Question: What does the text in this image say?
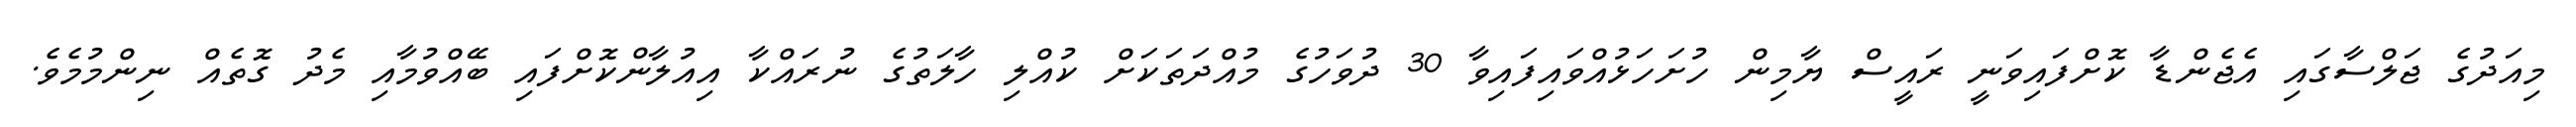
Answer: މިއަދުގެ ޖަލްސާގައި އެޖެންޑާ ކޮށްފައިވަނީ ރައީސް ޔާމިން ހުށަހަޅުއްވައިފައިވާ 30 ދުވަހުގެ މުއްދަތަކަށް ކުއްލި ހާލަތުގެ ނުރައްކާ އިއުލާންކޮށްފައި ބޭއްވުމާއި މެދު ގޮތެއް ނިންމުމެވެ.